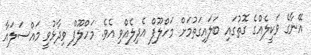
އޭނާގެ ވަކީލެއްގެ ގޮތުގައި ބަލައިގަތުމަށް މަހްލޫފް އެދިލެއްވި އެވެ. މަހްލޫފް ވިދާޅުވީ މައްސަލައާ